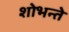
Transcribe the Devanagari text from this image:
शोभन्ते